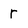
Character: r